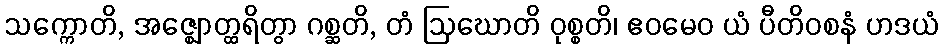
သက္ကောတိ, အဇ္ဈောတ္ထရိတွာ ဂစ္ဆတိ, တံ ဩဃောတိ ဝုစ္စတိ၊ ဧဝမေဝ ယံ ပီတိဝစနံ ဟဒယံ